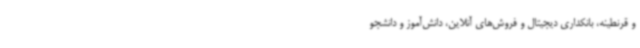
و قرنطینه، بانکداری دیجیتال و فروش‌های آنلاین، دانش‌آموز و دانشجو